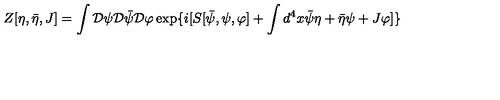
Z [ \eta , \bar { \eta } , J ] = \int { \cal D } \psi { \cal D } \bar { \psi } { \cal D } \varphi \exp \{ i [ S [ \bar { \psi } , \psi , \varphi ] + \int d ^ { 4 } x \bar { \psi } \eta + \bar { \eta } \psi + J \varphi ] \}